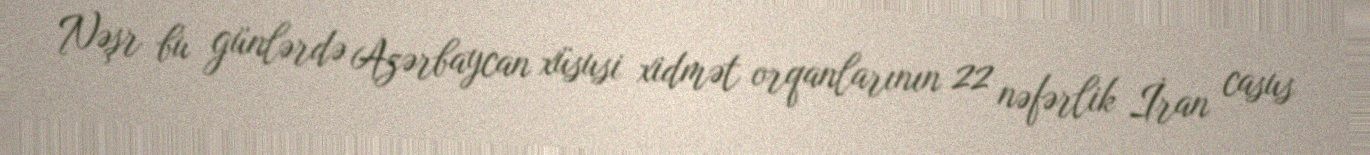
Nəşr bu günlərdə Azərbaycan xüsusi xidmət orqanlarının 22 nəfərlik İran casus